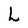
Character: L